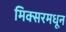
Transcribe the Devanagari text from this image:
मिक्सरमधून